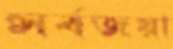
সর্বজয়া